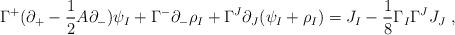
LaTeX: \begin{align*}\Gamma^+ ( \partial_+ - \frac{1}{2} A \partial_- ) \psi_I + \Gamma^- \partial_- \rho_I + \Gamma^J \partial_J (\psi_I + \rho_I) = J_I - \frac{1}{8} \Gamma_I \Gamma^J J_J ~,\end{align*}